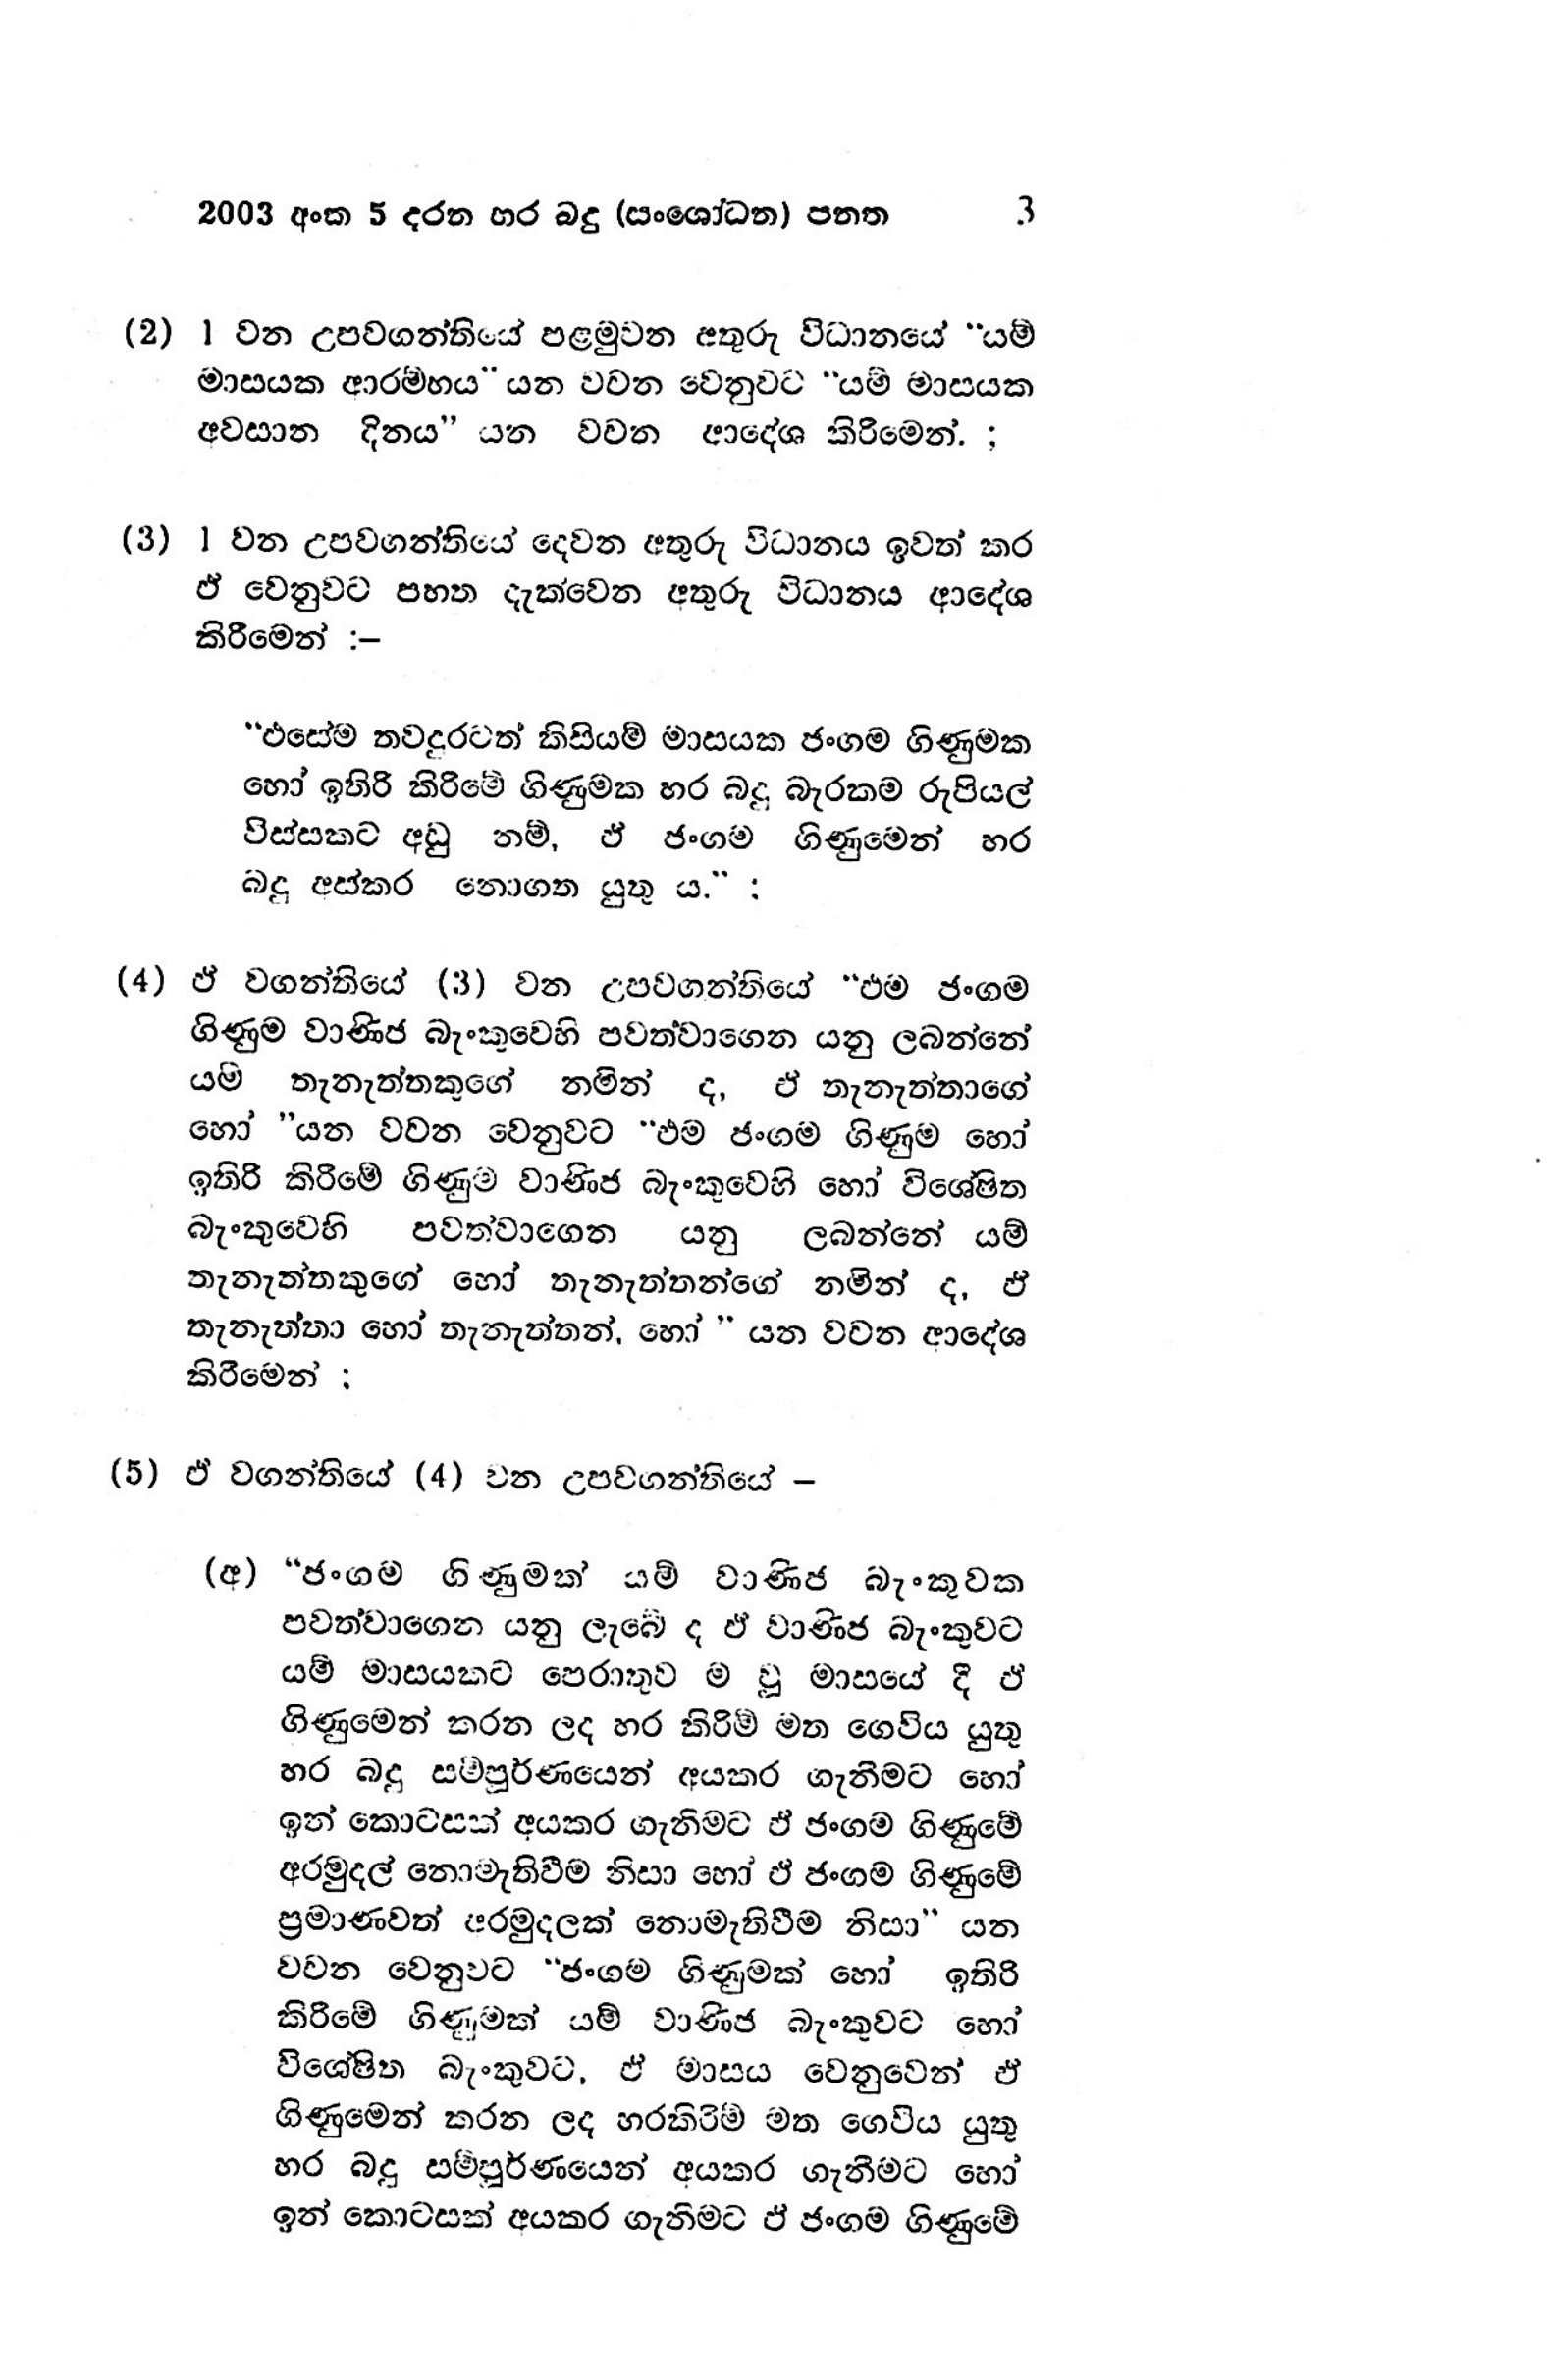
2003 අංක 5 දරන භර බදු (සංශෝධන) පනත 3

(2) 1 වන උපවගන්තියේ පළමුවන අතුරු විධානයේ " යම්
මාසයක ආරම්භය” යන වචන වෙනුවට " යම් මාසයක
අවසාන දිනය" යන වචන ආදේශ කිරීමෙන්. ;

(3) 1 වන උපවගන්තියේ දෙවන අතුරු විධානය ඉවත් කර
ඒ වෙනුවට පහත දැක්වෙන අතුරු විධානය ආදේශ
කිරීමෙන් :-

" එසේම තවදුරටත් කිසියම් මාසයක ජංගම ගිණුමක
හෝ ඉතිරි කිරීමේ ගිණුමක හර බදු බැරකම රුපියල්
විස්සකට අඩු නම්, ඵ් ජංගම ගිණුමෙන් හර
බදු අස්කර නොගත යුතු ය." :

(4) ඒ වගන්තියේ (3) වන උපවගන්තියේ "එම ජංගම
ගිණුම වාණිජ බැංකුවෙහි පවත්වාගෙන යනු ලබන්නේ
යම් තැනැත්තකුගේ නමින් ද, ඒ තැනැත්තාගේ
හෝ "යන වචන වෙනුවට "ඵම ජංගම ගිණුම හෝ
ඉතිරි කිරීමේ ගිණුම වාණිජ බැංකුවෙහි හෝ විශේෂිත
බැංකුවෙහි පවත්වාගෙන යනු ලබන්නේ යම්
තැනැත්තකුගේ හෝ තැනැත්තන්ගේ නමින් ද, ඵ්
තැනැත්තා හෝ තැනැත්තන්, හෝ " යන වචන ආදේශ
කිරීමෙන් :

(5) ඒ වගන්තියේ (4) වන උපවගන්තියේ-

(අ) “ජංගම ගිණුමක් යම් වාණිජ බැංකුවක
පවත්වාගෙන යනු ලැබේ ද ඒ වාණිජ බැංකුවට
යම් මාසයකට පෙරාතුවම වූ මාසයේ දී ඒ
ගිණුමෙන් කරන ලද හර කිරිම් මත ගෙවිය යුතු
හර බදු සම්පූර්ණයෙන් අයකර ගැනීමට හෝ
ඉන් කොටසක් අයකර ගැනීමට ඒ ජංගම ගිණුමේ
අරමුදල් නොමැතිවීම නිසා හෝ ඒ ජංගම ගිණුමේ
ප්‍රමාණවත් අරමුදලක් නොමැති වීම නිසා " යන
වචන වෙනුවට "ජංගම ගිණුමක් හෝ ඉතිරි
කිරීමේ ගිණුමක් යම් වාණිජ බැංකුවට හෝ
විශේෂිත බැංකුවට, ඒ මාසය වෙනුවෙන් ඒ
ගිණුමෙන් කරන ලද හරකිරිම් මත ගෙවිය යුතු
හර බදු සම්පූර්ණයෙන් අයකර ගැනීමට හෝ
ඉන් කොටසක් අයකර ගැනිමට ඒ ජංගම ගිණුමේ